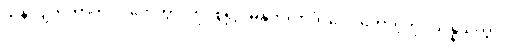
သန်လျက်ကာကို။ ဂဟေတွာ၊ ကိုင်စွဲ၍။ ဓနုကလာပံ၊ လေးတောင့်ကို။ သန္နယှိတွာ၊